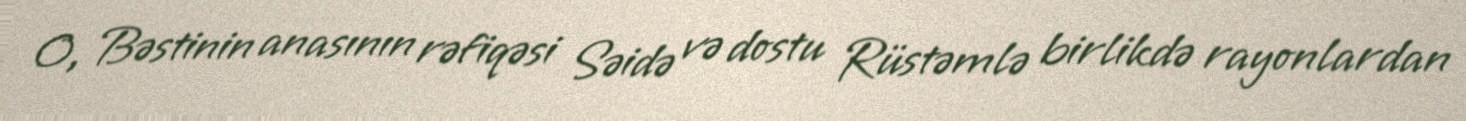
O, Bəstinin anasının rəfiqəsi Səidə və dostu Rüstəmlə birlikdə rayonlardan